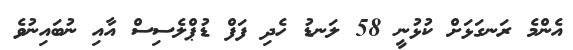
އެންމެ ރަނގަޅަށް ކުޅުނީ 58 ލަނޑު ހެދި ފަފް ޑުޕްލެސިސް އާއި ނުބައިނުވެ